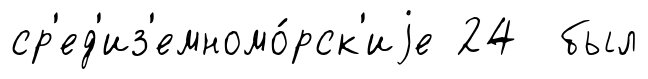
ср'ед'из'емномо́рск'иjе 24 был